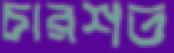
চারশত